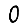
Digit: 0